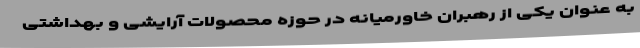
به عنوان یکی از رهبران خاورمیانه در حوزه محصولات آرایشی و بهداشتی